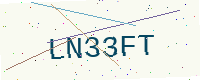
Text: LN33FT